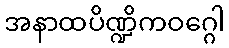
အနာထပိဏ္ဍိကဝဂ္ဂေါ